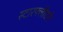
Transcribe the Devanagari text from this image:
स्टारफ्लीटने